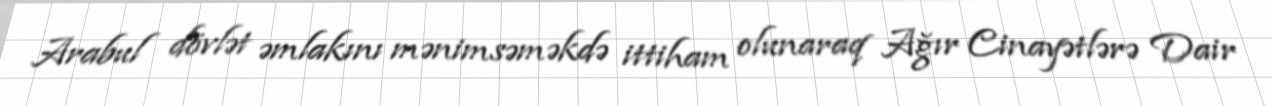
Arabul dövlət əmlakını mənimsəməkdə ittiham olunaraq Ağır Cinayətlərə Dair